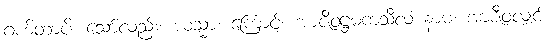
ဂဟိတာပိ၊ သော်လည်း။ ယသ္မာ၊ ကြောင့်။ အာဇီဝဋ္ဌမကသီလံ နာမ၊ အာဇီဝလျှင်